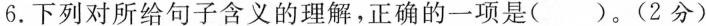
6.下列对所给句子含义的理解，正确的一项是( )。(2分)